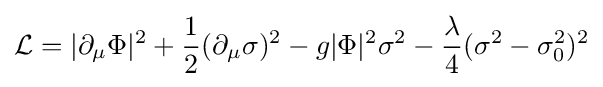
{\mathcal {L}}=|\partial _{\mu }\Phi |^{2}+{\frac {1}{2}}(\partial _{\mu }\sigma )^{2}-g|\Phi |^{2}\sigma ^{2}-{\frac {\lambda }{4}}(\sigma ^{2}-\sigma _{0}^{2})^{2}